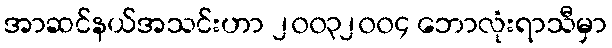
အာဆင်နယ်အသင်းဟာ ၂၀၀၃၂၀၀၄ ဘောလုံးရာသီမှာ